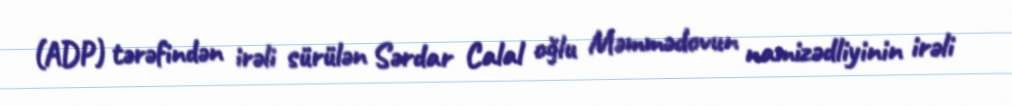
(ADP) tərəfindən irəli sürülən Sərdar Calal oğlu Məmmədovun namizədliyinin irəli